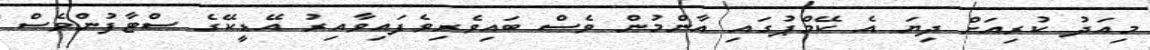
މިއަދު ކުރިއަށް ދިޔަ އެ ކޭމްޕުގައި އާންމުން ވެސް ބައިވެރިވެފައިވާއިރު އޭޑީކޭގެ ސްޓާފުންވެސް